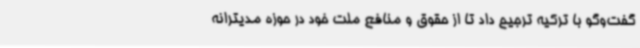
گفت‌وگو با ترکیه ترجیح داد تا از حقوق و منافع ملت خود در حوزه مدیترانه